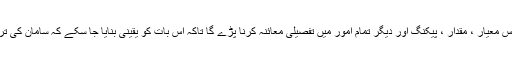
ج) سامان بھیجنے کے لئے تیار ہونے کے بعد ، ہمارے پاس معیار ، مقدار ، پیکنگ اور دیگر تمام امور میں تفصیلی معائنہ کرنا پڑے گا تاکہ اس بات کو یقینی بنایا جا سکے کہ سامان کی ترسیل سے قبل ہمارے صارفین کی ضرورت کے مطابق ہو۔